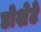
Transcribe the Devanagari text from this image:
डोशेटे